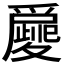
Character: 𤔿